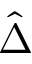
\hat { \Delta }